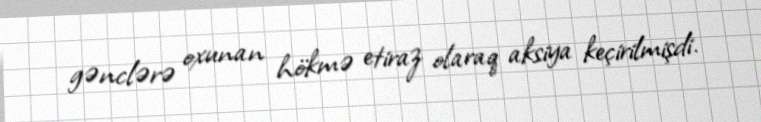
gənclərə oxunan hökmə etiraz olaraq aksiya keçirilmişdi.